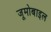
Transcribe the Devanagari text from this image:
जूमोबाइल